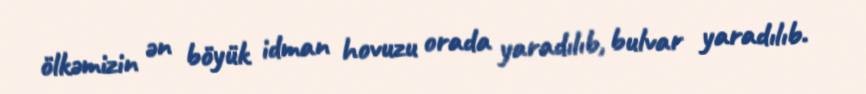
ölkəmizin ən böyük idman hovuzu orada yaradılıb, bulvar yaradılıb.